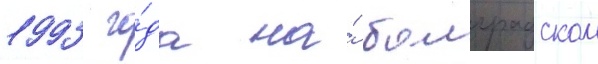
1993 го́да на́ болградском